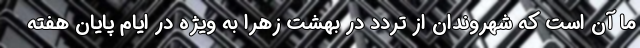
ما آن است که شهروندان از تردد در بهشت زهرا به ویژه در ایام پایان هفته